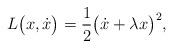
LaTeX: \begin{align*} L\bigl(x,\dot{x}\bigr) = \frac{1}{2}\bigl(\dot{x}+ \lambda{x}\bigr)^2,\end{align*}